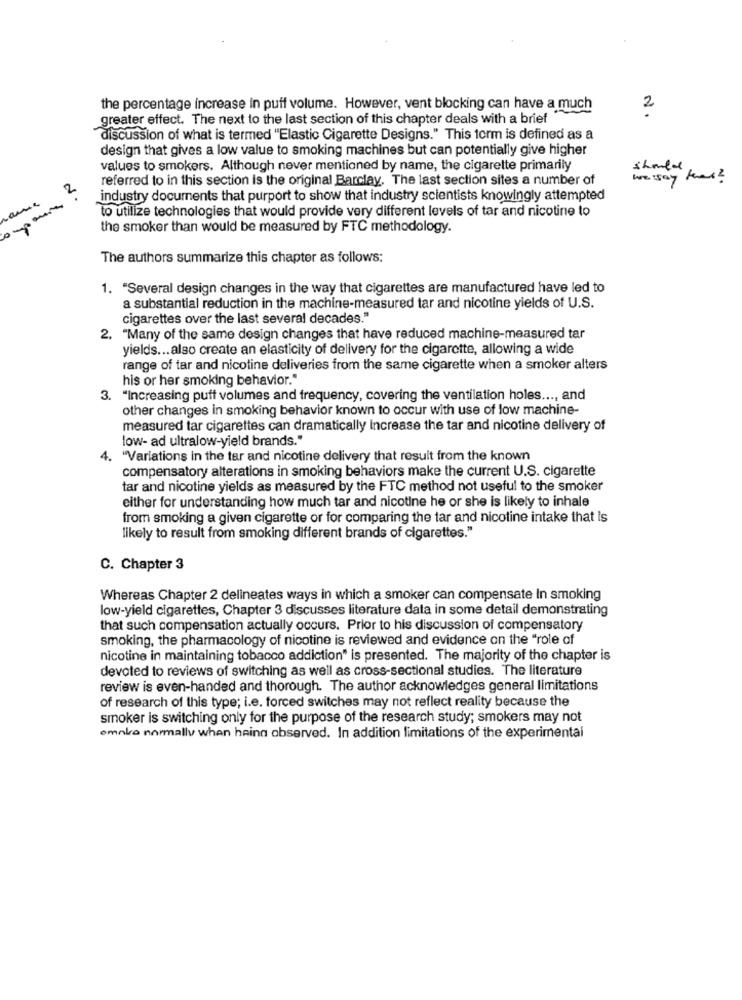
the percentage increase in puff volume. However, vent blocking can have a much
2
greater effect. The next to the last section of this chapter deals with a brief
discussion of what is termed "Elastic Cigarette Designs." This form is defined as a
design that gives a low value to smoking machines but can potentially give higher
values to smokers. Although never mentioned by name, the cigarette primarily
should
referred to in this section is the original Barclay. The last section sites a number of
we say that ?
2
industry documents that purport to show that industry scientists knowingly attempted
to utilize technologies that would provide very different levels of tar and nicotine to
the smoker than would be measured by FTC methodology.
The authors summarize this chapter as follows:
1. "Several design changes in the way that cigarettes are manufactured have led to
a substantial reduction in the machine-measured tar and nicotine yields of U.S.
cigarettes over the last several decades."
2. "Many of the same design changes that have reduced machine-measured tar
yields ... also create an elasticity of delivery for the cigarette, allowing a wide
range of tar and nicotine deliveries from the same cigarette when a smoker alters
his or her smoking behavior."
3. "Increasing puff volumes and frequency, covering the ventilation holes ..., and
other changes in smoking behavior known to occur with use of low machine-
measured tar cigarettes can dramatically Increase the tar and nicotine delivery of
low- ad ultralow-yield brands."
4. "Variations in the tar and nicotine delivery that result from the known
compensatory alterations in smoking behaviors make the current U.S. cigarette
tar and nicotine yields as measured by the FTC method not useful to the smoker
either for understanding how much tar and nicotine he or she is likely to inhale
from smoking a given cigarette or for comparing the tar and nicotine intake that is
likely to result from smoking different brands of cigarettes."
C. Chapter 3
Whereas Chapter 2 delineates ways in which a smoker can compensate In smoking
low-yield cigarettes, Chapter 3 discusses literature data in some detail demonstrating
that such compensation actually occurs. Prior to his discussion of compensatory
smoking, the pharmacology of nicotine is reviewed and evidence on the "role of
nicotine in maintaining tobacco addiction" is presented. The majority of the chapter is
devoted to reviews of switching as well as cross-sectional studies. The literature
review is even-handed and thorough. The author acknowledges general limitations
of research of this type; i.e. forced switches may not reflect reality because the
smoker is switching only for the purpose of the research study; smokers may not
emnka normally whan haing observed. In addition limitations of the experimental